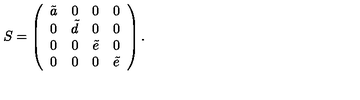
S = \left( \begin{array} { c c c c } { \tilde { a } } & { 0 } & { 0 } & { 0 } \\ { 0 } & { \tilde { d } } & { 0 } & { 0 } \\ { 0 } & { 0 } & { \tilde { e } } & { 0 } \\ { 0 } & { 0 } & { 0 } & { \tilde { e } } \\ \end{array} \right) .